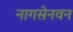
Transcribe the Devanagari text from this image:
नागसेनवन